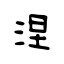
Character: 涅